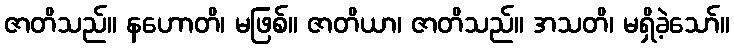
ဇာတိသည်။ နဟောတိ၊ မဖြစ်။ ဇာတိယာ၊ ဇာတိသည်။ အသတိ၊ မရှိခဲ့သော်။